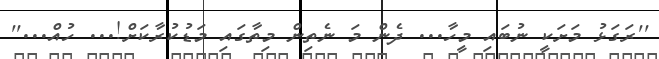
''ރަގަޅު މަށަކީ ނުބައި މީހާ... ދެން މަ ނެތިން މިތާގައި މަޑުކުރާކަށް!... ހުއް...''